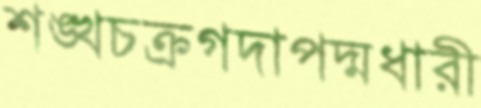
শঙ্খচক্রগদাপদ্মধারী